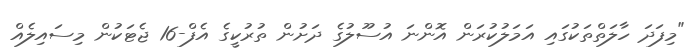
"މިފަދަ ހާލަތްތަކުގައި އަމަލުކުރަން އޮންނަ އުސޫލުގެ ދަށުން ތުރުކީގެ އެފް-16 ޖެޓަކުން މިސައިލެއް